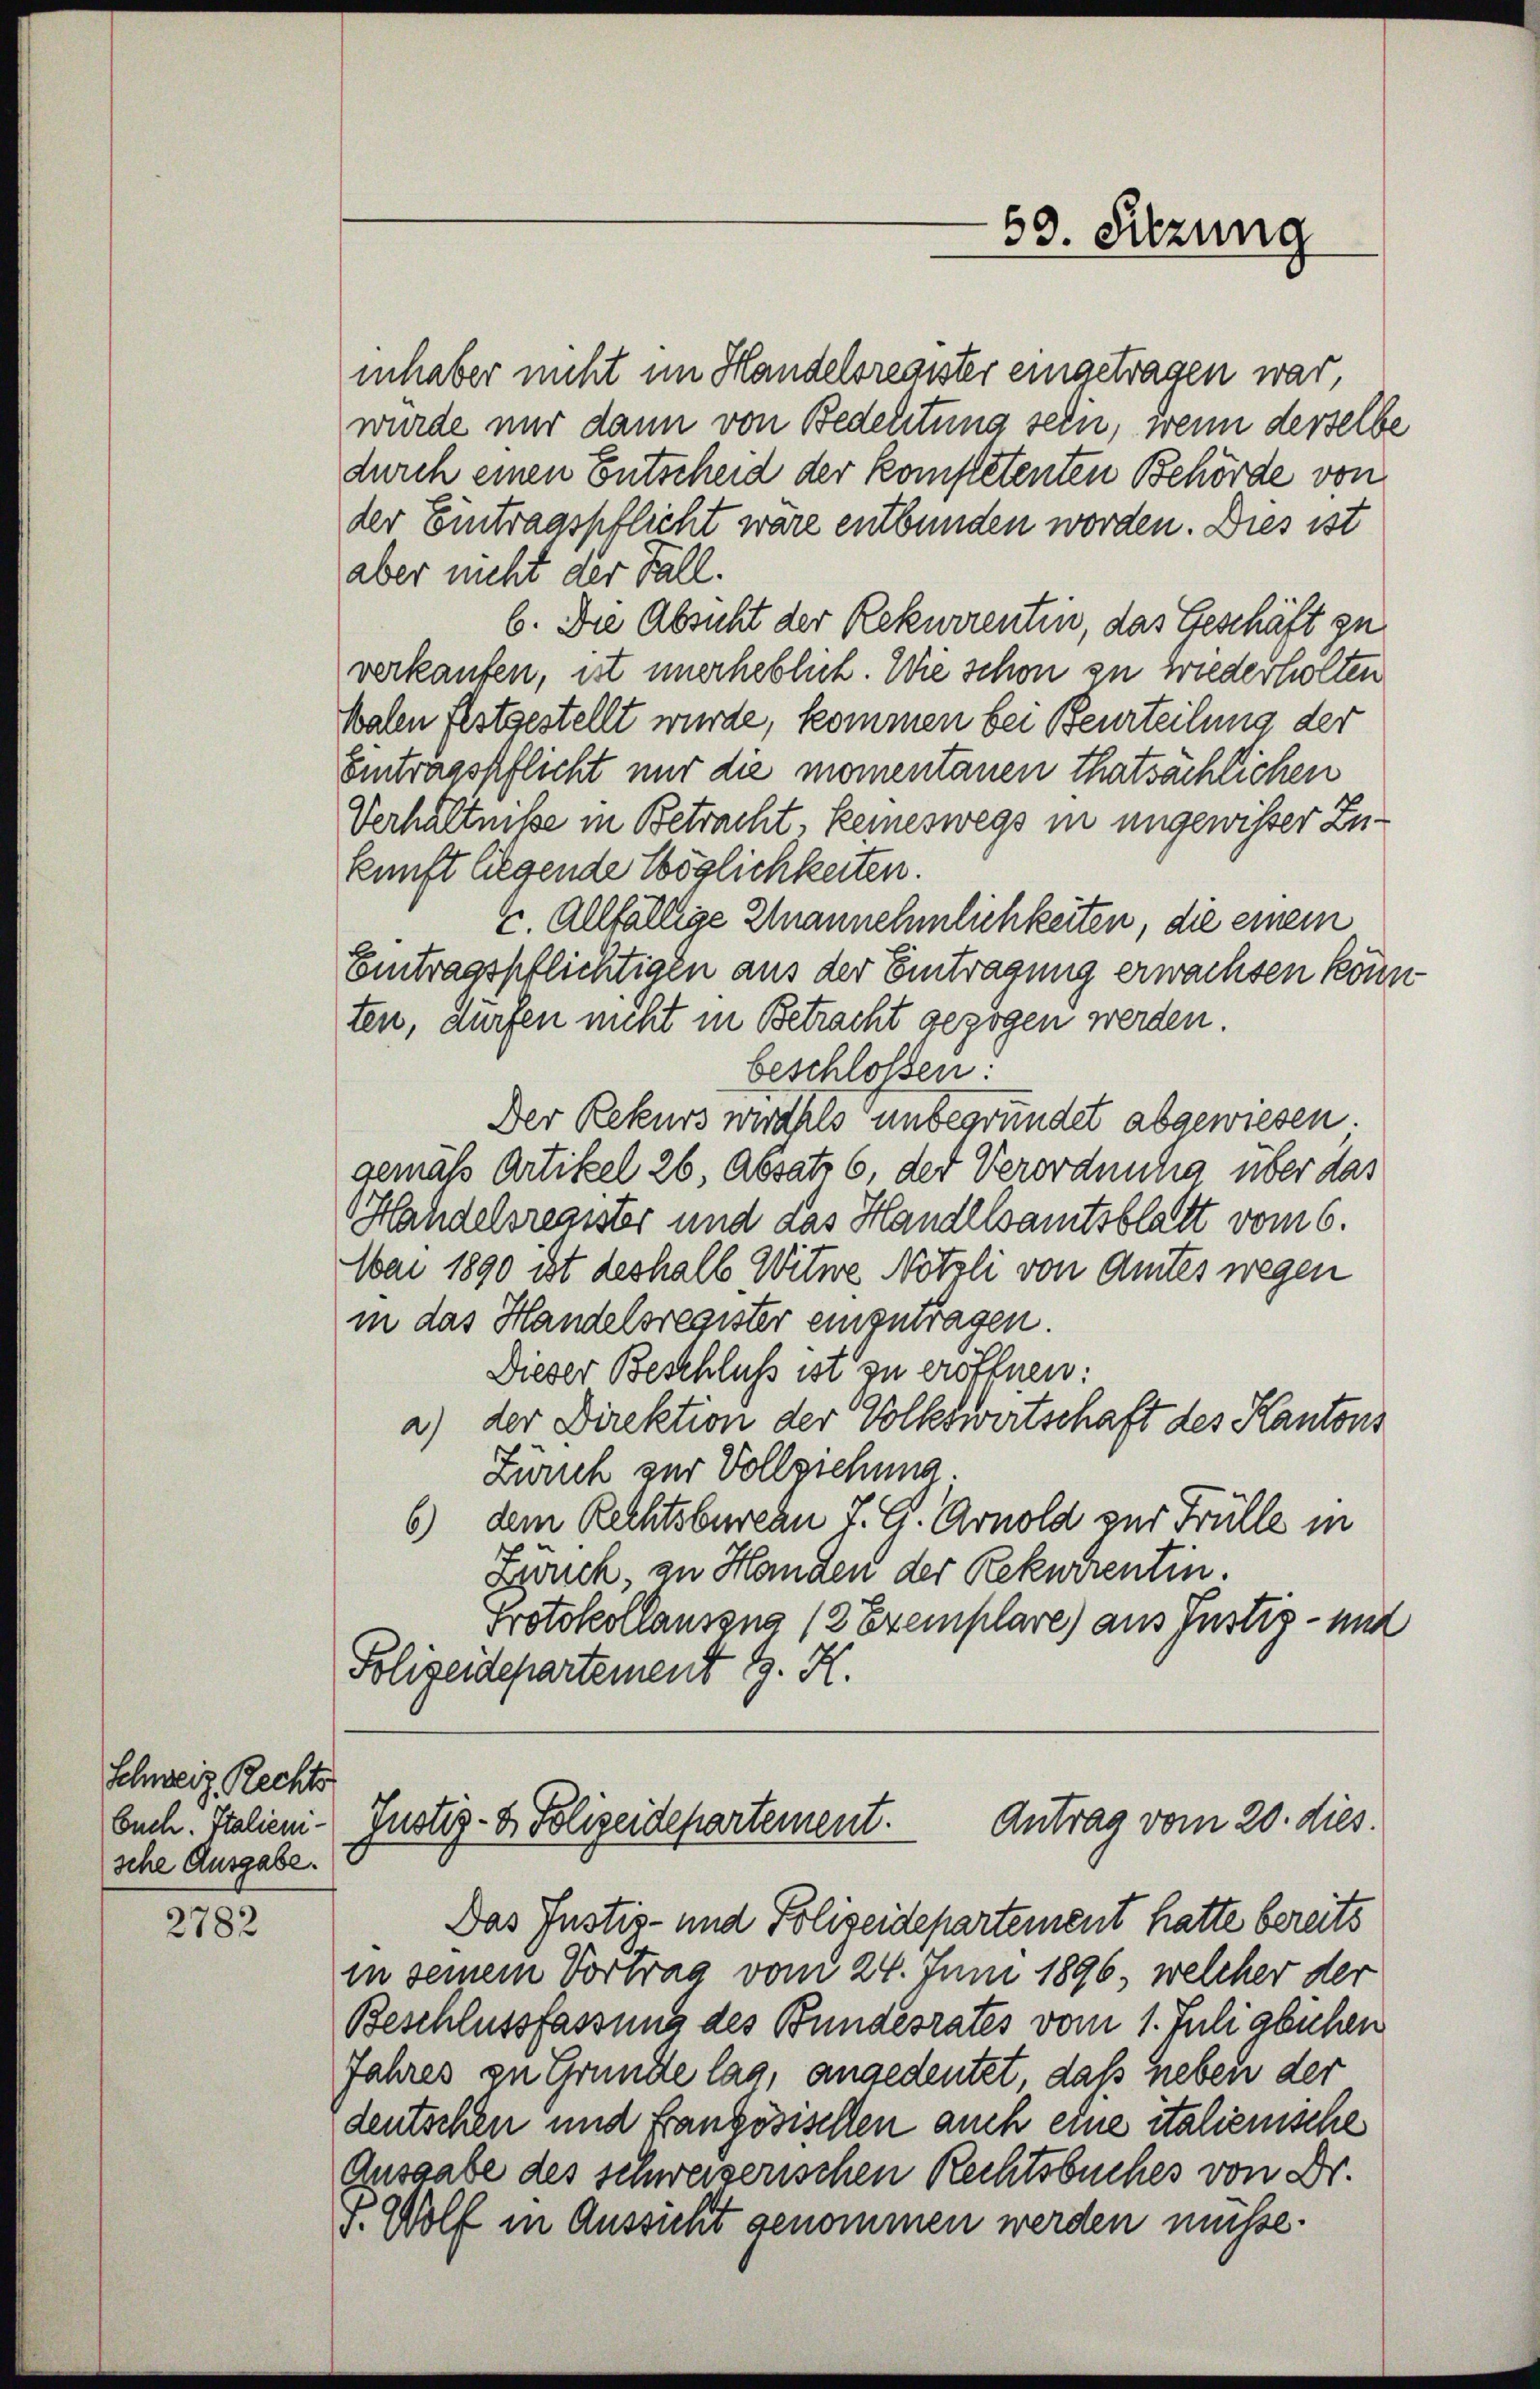
Schweiz. Rechts
buch. Italieni
sche Ausgabe.

2782

inhaber nicht im Handelsregister eingetragen war,
wurde nur dann von Bedeutung sein, wenn derselbe
durch einen Entscheid der kompetenten Behörde von
der Eintragspflicht wäre entbunden worden. Dies ist
aber nicht der Fall.
6. Die Absicht der Rekurrentin, das Geschäft zu
verkaufen, ist unerheblich. Wie schon zu wiederholten
Walen festgestellt wurde, kommen bei Beurteilung der
Eintragspflicht nur die momentanen thatsächlichen
Verhältniße in Betracht, keineswegs in ungewisser Zukunft liegende Möglichkeiten.
2. Allfällige Unannehmlichkeiten, die einem
Eintragspflichtigen aus der Eintragung erwachsen könn
ten, dürfen nicht in Betracht gezogen werden.
beschloßen:
Der Rekurs wirdhls unbegründet abgewiesen.
gemäß Artikel 26, Absatz 6, der Verordnung über das
Handelsregister und das Handelsamtsblatt vom 6.
Mai 1890 ist deshalb Witwe Nötzli von Amtes wegen
in das Handelsregister einzutragen.
Dieser Beschluß ist zu eröffnen:
a.) der Direktion der Volkswirtschaft des Kantons
Zürich zur Vollziehung
6) dem Rechtsbureau J. G. Arnold zur Fülle in
Zürich, zu Handen der Rekurrentin.
Protokollausens (2 Exemplare) aus Justiz- und
Polizeidepartement G. K.

Antrag vom 20. dies.
Justiz- & Polizeidepartement.

Das Justiz- und Polizeidepartement hatte bereits
in seinem Vortrag vom 24. Juni 1896, welcher der
Beschlussfassung des Bundesrates vom 1. Juli abichen
Jahres zu Grunde lag, angedeutet, daß neben der
deutschen und Französischen auch eine italienische
Ausgabe des schweizerischen Rechtsbuches von Dr.
F. Wolf in Aussicht genommen werden müsse.

63. Sitzung